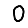
Digit: 0